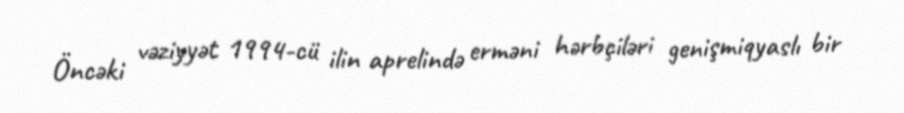
Öncəki vəziyyət 1994-cü ilin aprelində erməni hərbçiləri genişmiqyaslı bir